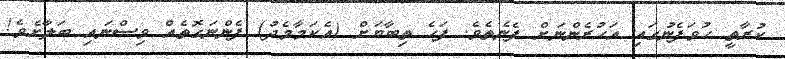
ކުރާތީ ހުވަފެނުގައި އަހުރެންނަށް ފެނެތެވެ. ފަހެ ތިބާޔަށް (އެކަމާމެދު) ފެންނަގޮތެއް ވިސްނައި ބަލާށެވެ!